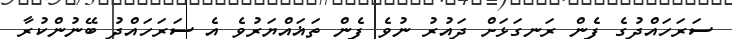
ސަރަހައްދުގެ ފެން ރަނގަޅަށް ދައުރު ނުވެ ފެން ތަޣައްޔަރުވެ އެ ސަރަހައްދު ބޭނުންކުރާ